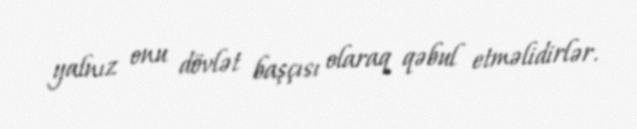
yalnız onu dövlət başçısı olaraq qəbul etməlidirlər.